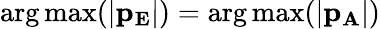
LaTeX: \mathrm{arg\, max}(\mathbf{|p_{E}|})=\mathrm{arg\, max}(\mathbf{|p_{A}|})